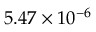
5 . 4 7 \times 1 0 ^ { - 6 }